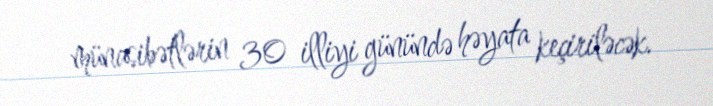
münasibətlərin 30 illiyi günündə həyata keçiriləcək.